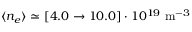
\langle n _ { e } \rangle \simeq [ 4 . 0 \rightarrow 1 0 . 0 ] \cdot 1 0 ^ { 1 9 } ~ \mathrm { m } ^ { - 3 }